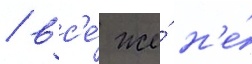
/ вс'е́ же́ н'е́